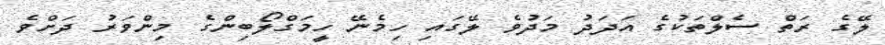
ލޭގެ ރަތް ސެލްތަކުގެ އަދަދު މަދުވެ ލޭގައި ހިމެނޭ ހީމަގްލޯބިންގެ މިންވަރު ދަށްވެ